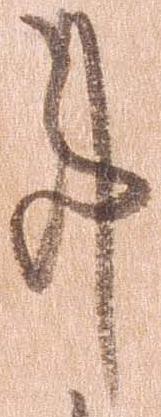
事